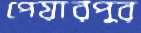
পেয়ারপুর